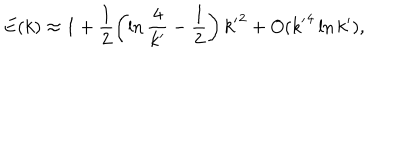
E ( k ) \approx 1 + \frac { 1 } { 2 } \left( \ln \frac { 4 } { { k ^ { \prime } } } - \frac { 1 } { 2 } \right) { k ^ { \prime } } ^ { 2 } + O ( { k ^ { \prime } } ^ { 4 } \ln { k ^ { \prime } } ) ,